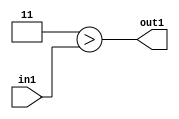
`timescale 1ps / 1ps
/*****************************************************************************
    Verilog RTL Description
    
    
    Created by: Stratus DpOpt 21.05.01 
*******************************************************************************/

module SobelFilter_Lti3u2_1 (
	in1,
	out1
	); /* architecture "behavioural" */ 
input [1:0] in1;
output  out1;
wire  asc001;

assign asc001 = (7'B0000011>in1);

assign out1 = asc001;
endmodule

/* CADENCE  urb1Tg8= : u9/ySxbfrwZIxEzHVQQV8Q== ** DO NOT EDIT THIS LINE ******/